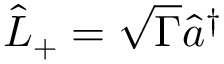
\hat { L } _ { + } = \sqrt { \Gamma } \hat { a } ^ { \dagger }